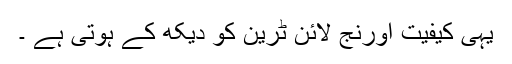
یہی کیفیت اورنج لائن ٹرین کو دیکھ کے ہوتی ہے ۔